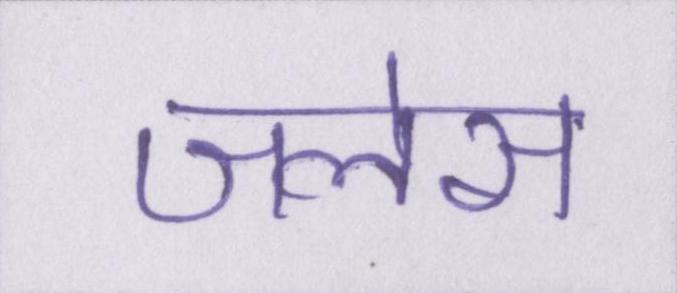
जलेस